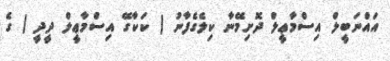
އައްނަބީލް އިސްމާޢީލް ދޮށިމޭނާ ކިލެގެފާނު ( ކަކާގޭ އިސްމާޢީލް ދީދީ ) ގެ